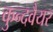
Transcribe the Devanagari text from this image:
कुन्दवैयर